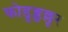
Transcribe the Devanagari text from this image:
कोडुङ्ङल्लूर